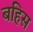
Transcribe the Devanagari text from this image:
बहिस